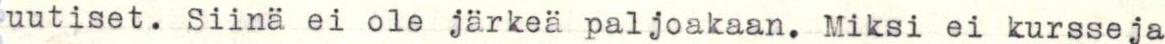
uutiset. Siinä ei ole järkeä paljoakaan. Miksi ei kursseja